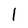
Character: l